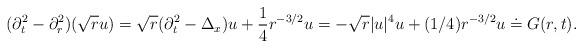
LaTeX: \begin{align*} (\partial_t^2 - \partial_r^2) (\sqrt{r} u) = \sqrt{r}(\partial_t^2 - \Delta_x) u + \frac{1}{4} r^{-3/2} u = -\sqrt{r} |u|^4 u + (1/4)r^{-3/2} u \doteq G(r,t).\end{align*}